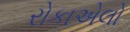
રોકાએલો